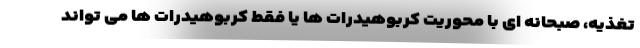
تغذیه، صبحانه ای با محوریت کربوهیدرات ها یا فقط کربوهیدرات ها می تواند